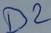
Text: D2